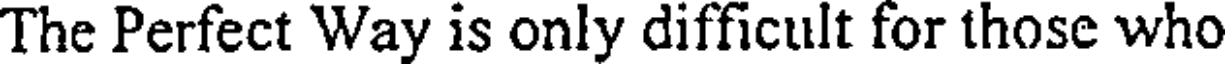
The Perfect Way is only difficult for those who